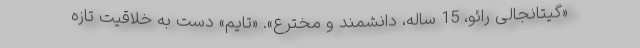
«گیتانجالی رائو، 15 ساله، دانشمند و مخترع». «تایم» دست به خلاقیت تازه